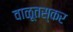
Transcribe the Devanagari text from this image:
वाळूतस्कर